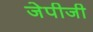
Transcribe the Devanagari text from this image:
जेपीजी